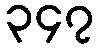
၃၄၇